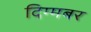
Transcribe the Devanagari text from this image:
दिग्मबर